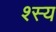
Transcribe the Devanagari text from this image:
श्स्य